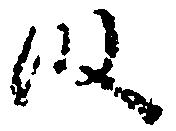
段